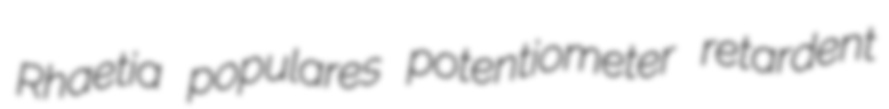
Rhaetia populares potentiometer retardent